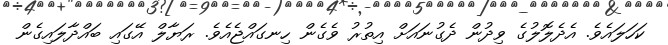
ކަހަލައެވެ. އެދެލޮލުގެ ވިދުން ދެގުނައަށް އިތުރު ވެގެން ހިނގައްޖެއެވެ. ރަޔާލް އޭގައި ބައްދާލައިގެން